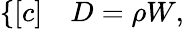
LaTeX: \begin{array}{r}{\left\{ \begin{array}{rl}{[c]}&{{}D=\rho W,}\end{array}\right.}\end{array}